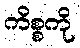
ကိစ္စကို